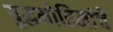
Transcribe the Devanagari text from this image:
युद्धमोहिमांचे